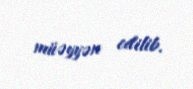
müəyyən edilib.